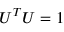
U ^ { T } U = 1